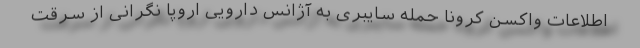
اطلاعات واکسن کرونا حمله سایبری به آژانس دارویی اروپا نگرانی از سرقت